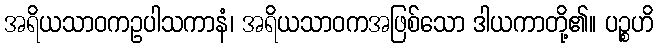
အရိယသာဝကဥပါသကာနံ၊ အရိယသာဝကအဖြစ်သော ဒါယကာတို့၏။ ပဉ္စဟိ